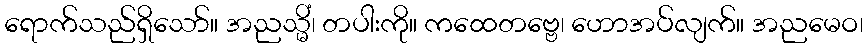
ရောက်သည်ရှိသော်။ အညသ္မိံ၊ တပါးကို။ ကထေတဗ္ဗေ၊ ဟောအပ်လျက်။ အညမေဝ၊